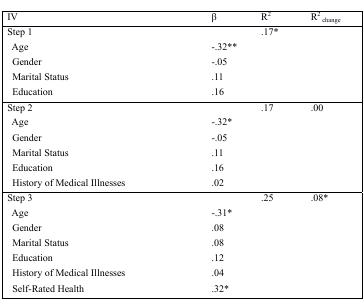
<table><thead><tr><td><b>IV</b></td><td><b>β</b></td><td><b>R<sup>2</sup></b></td><td><b>R<sup>2</sup><sub>change</sub></b></td></tr></thead><tbody><tr><td>Step 1</td><td></td><td>.17*</td><td></td></tr><tr><td> Age</td><td>−.32**</td><td></td><td></td></tr><tr><td> Gender</td><td>−.05</td><td></td><td></td></tr><tr><td> Marital Status</td><td>.11</td><td></td><td></td></tr><tr><td> Education</td><td>.16</td><td></td><td></td></tr><tr><td>Step 2</td><td></td><td>.17</td><td>.00</td></tr><tr><td> Age</td><td>−.32*</td><td></td><td></td></tr><tr><td> Gender</td><td>−.05</td><td></td><td></td></tr><tr><td> Marital Status</td><td>.11</td><td></td><td></td></tr><tr><td> Education</td><td>.16</td><td></td><td></td></tr><tr><td> History of Medical Illnesses</td><td>.02</td><td></td><td></td></tr><tr><td>Step 3</td><td></td><td>.25</td><td>.08*</td></tr><tr><td> Age</td><td>−.31*</td><td></td><td></td></tr><tr><td> Gender</td><td>.08</td><td></td><td></td></tr><tr><td> Marital Status</td><td>.08</td><td></td><td></td></tr><tr><td> Education</td><td>.12</td><td></td><td></td></tr><tr><td> History of Medical Illnesses</td><td>.04</td><td></td><td></td></tr><tr><td> Self-Rated Health</td><td>.32*</td><td></td><td></td></tr></tbody></table>